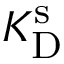
K _ { \mathrm { D } } ^ { \mathrm { s } }